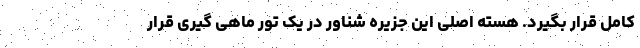
کامل قرار بگیرد. هسته اصلی این جزیره شناور در یک تور ماهی گیری قرار